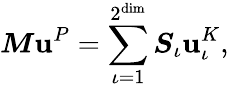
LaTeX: \boldsymbol{M}\boldsymbol{\mathbf{u}}^{P}=\sum_{\iota=1}^{2^{\dim}}\boldsymbol{S}_{\iota}\boldsymbol{\mathbf{u}}_{\iota}^{K},